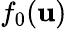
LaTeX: f_{0}(\boldsymbol{\mathbf{u}})